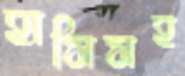
হাসিসহ